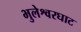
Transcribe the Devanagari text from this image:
भुलेश्वरघाट